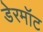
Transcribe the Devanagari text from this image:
डेरमॉट